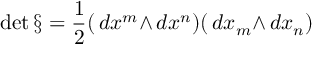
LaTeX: \operatorname * { d e t } { \S } = { \frac { 1 } { 2 } } ( \, d { x ^ { m } } { \wedge } \, d { x ^ { n } } ) ( \, d { x _ { m } } { \wedge } \, d { x _ { n } } )